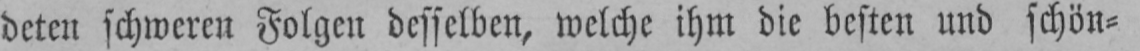
deten schweren Folgen desselben, welche ihm die besten und schön⸗